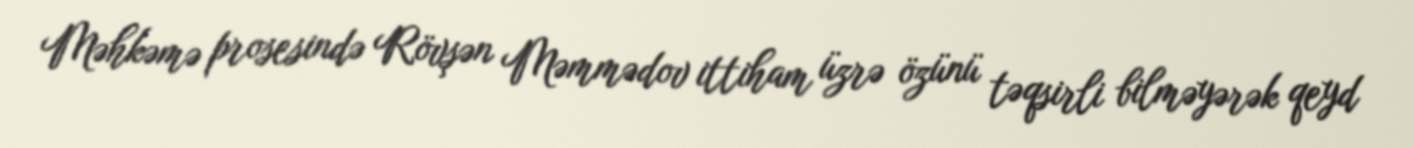
Məhkəmə prosesində Rövşən Məmmədov ittiham üzrə özünü təqsirli bilməyərək qeyd